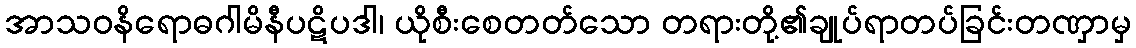
အာသဝနိရောဓဂါမိနီပဋိပဒါ၊ ယိုစီးစေတတ်သော တရားတို့၏ချုပ်ရာတပ်ခြင်းတဏှာမှ